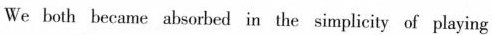
We both became absorbed in the simplicity of playing